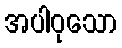
အပါဝုသော